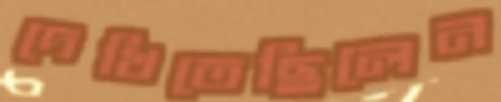
দেখিতেছিলেন